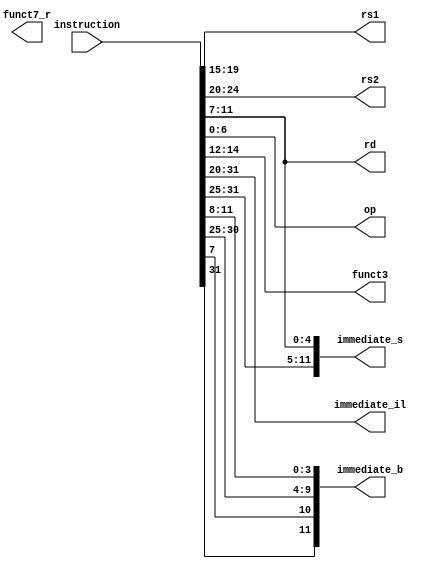
module instructionDecoder (

    input [31:0] instruction,
    output reg [4:0] rs1, rs2, rd,
    output reg [6:0] op,
    output reg [2:0] funct3,
    output reg [6:0] funct7_r,
    output reg [11:0] immediate_il, immediate_s, immediate_b
);
    always @(*) begin

        // R, I, L formats
        rs1 <= instruction[19:15];
        rs2 <= instruction[24:20];
        rd <= instruction[11:7];

        // Opcode & funct3 common for RILSB 
        op <= instruction[6:0];
        funct3 <= instruction[14:12];

        // funct7_3 for alu control  only for R format
        funct73_r <= {instruction[30], instruction[14:12]};

        // Immediate value of I and L instructions
        immediate_il <= instruction[31:20]; 

        // Immediate values of Store and Branch Instructions
        immediate_s <= {instruction[31:25], instruction[11:7]};
        immediate_b <= {instruction[31], instruction[7], instruction[30:25], instruction[11:8]};
        
    end
endmodule